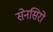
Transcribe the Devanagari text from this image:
सेनसिरो